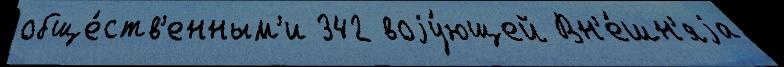
обще́ств'енным'и 342 воjу́ющей Вн'е́шн'яjа